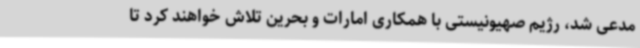
مدعی شد، رژیم صهیونیستی با همکاری امارات و بحرین تلاش خواهند کرد تا